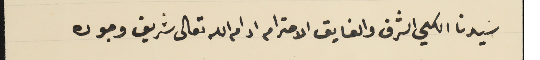
سَيدنا الكلي الشرف والفايق الاحترام ادام الله تعالى شريف وجوده